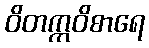
ဝိတက္ကဝိစာရေ